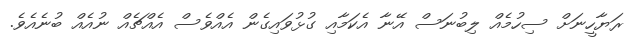
ރަޔާހީނަށް ސިހުމެއް ލިބުނަސް އޭނާ އެކަމާއި ގުޅުވައިގެން އެއްވެސް އެއްޗެއް ނުއެއް ބުނެއެވެ.